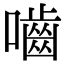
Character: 嚙